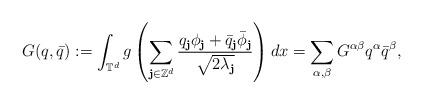
LaTeX: \begin{align*}G(q,\bar q):=\int_{\mathbb{T}^d}g\left(\sum_{\textbf{j}\in\mathbb{Z}^d}\frac{q_\textbf{j}\phi_\textbf{j}+\bar q_\textbf{j}\bar\phi_\textbf{j}}{\sqrt{2\lambda_\textbf{j}}}\right)dx=\sum_{\alpha,\beta}G^{\alpha\beta}q^{\alpha}\bar q^{\beta},\end{align*}